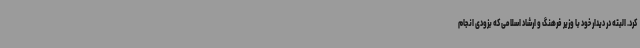
کرد. البته در دیدار خود با وزیر فرهنگ و ارشاد اسلامی که بزودی انجام